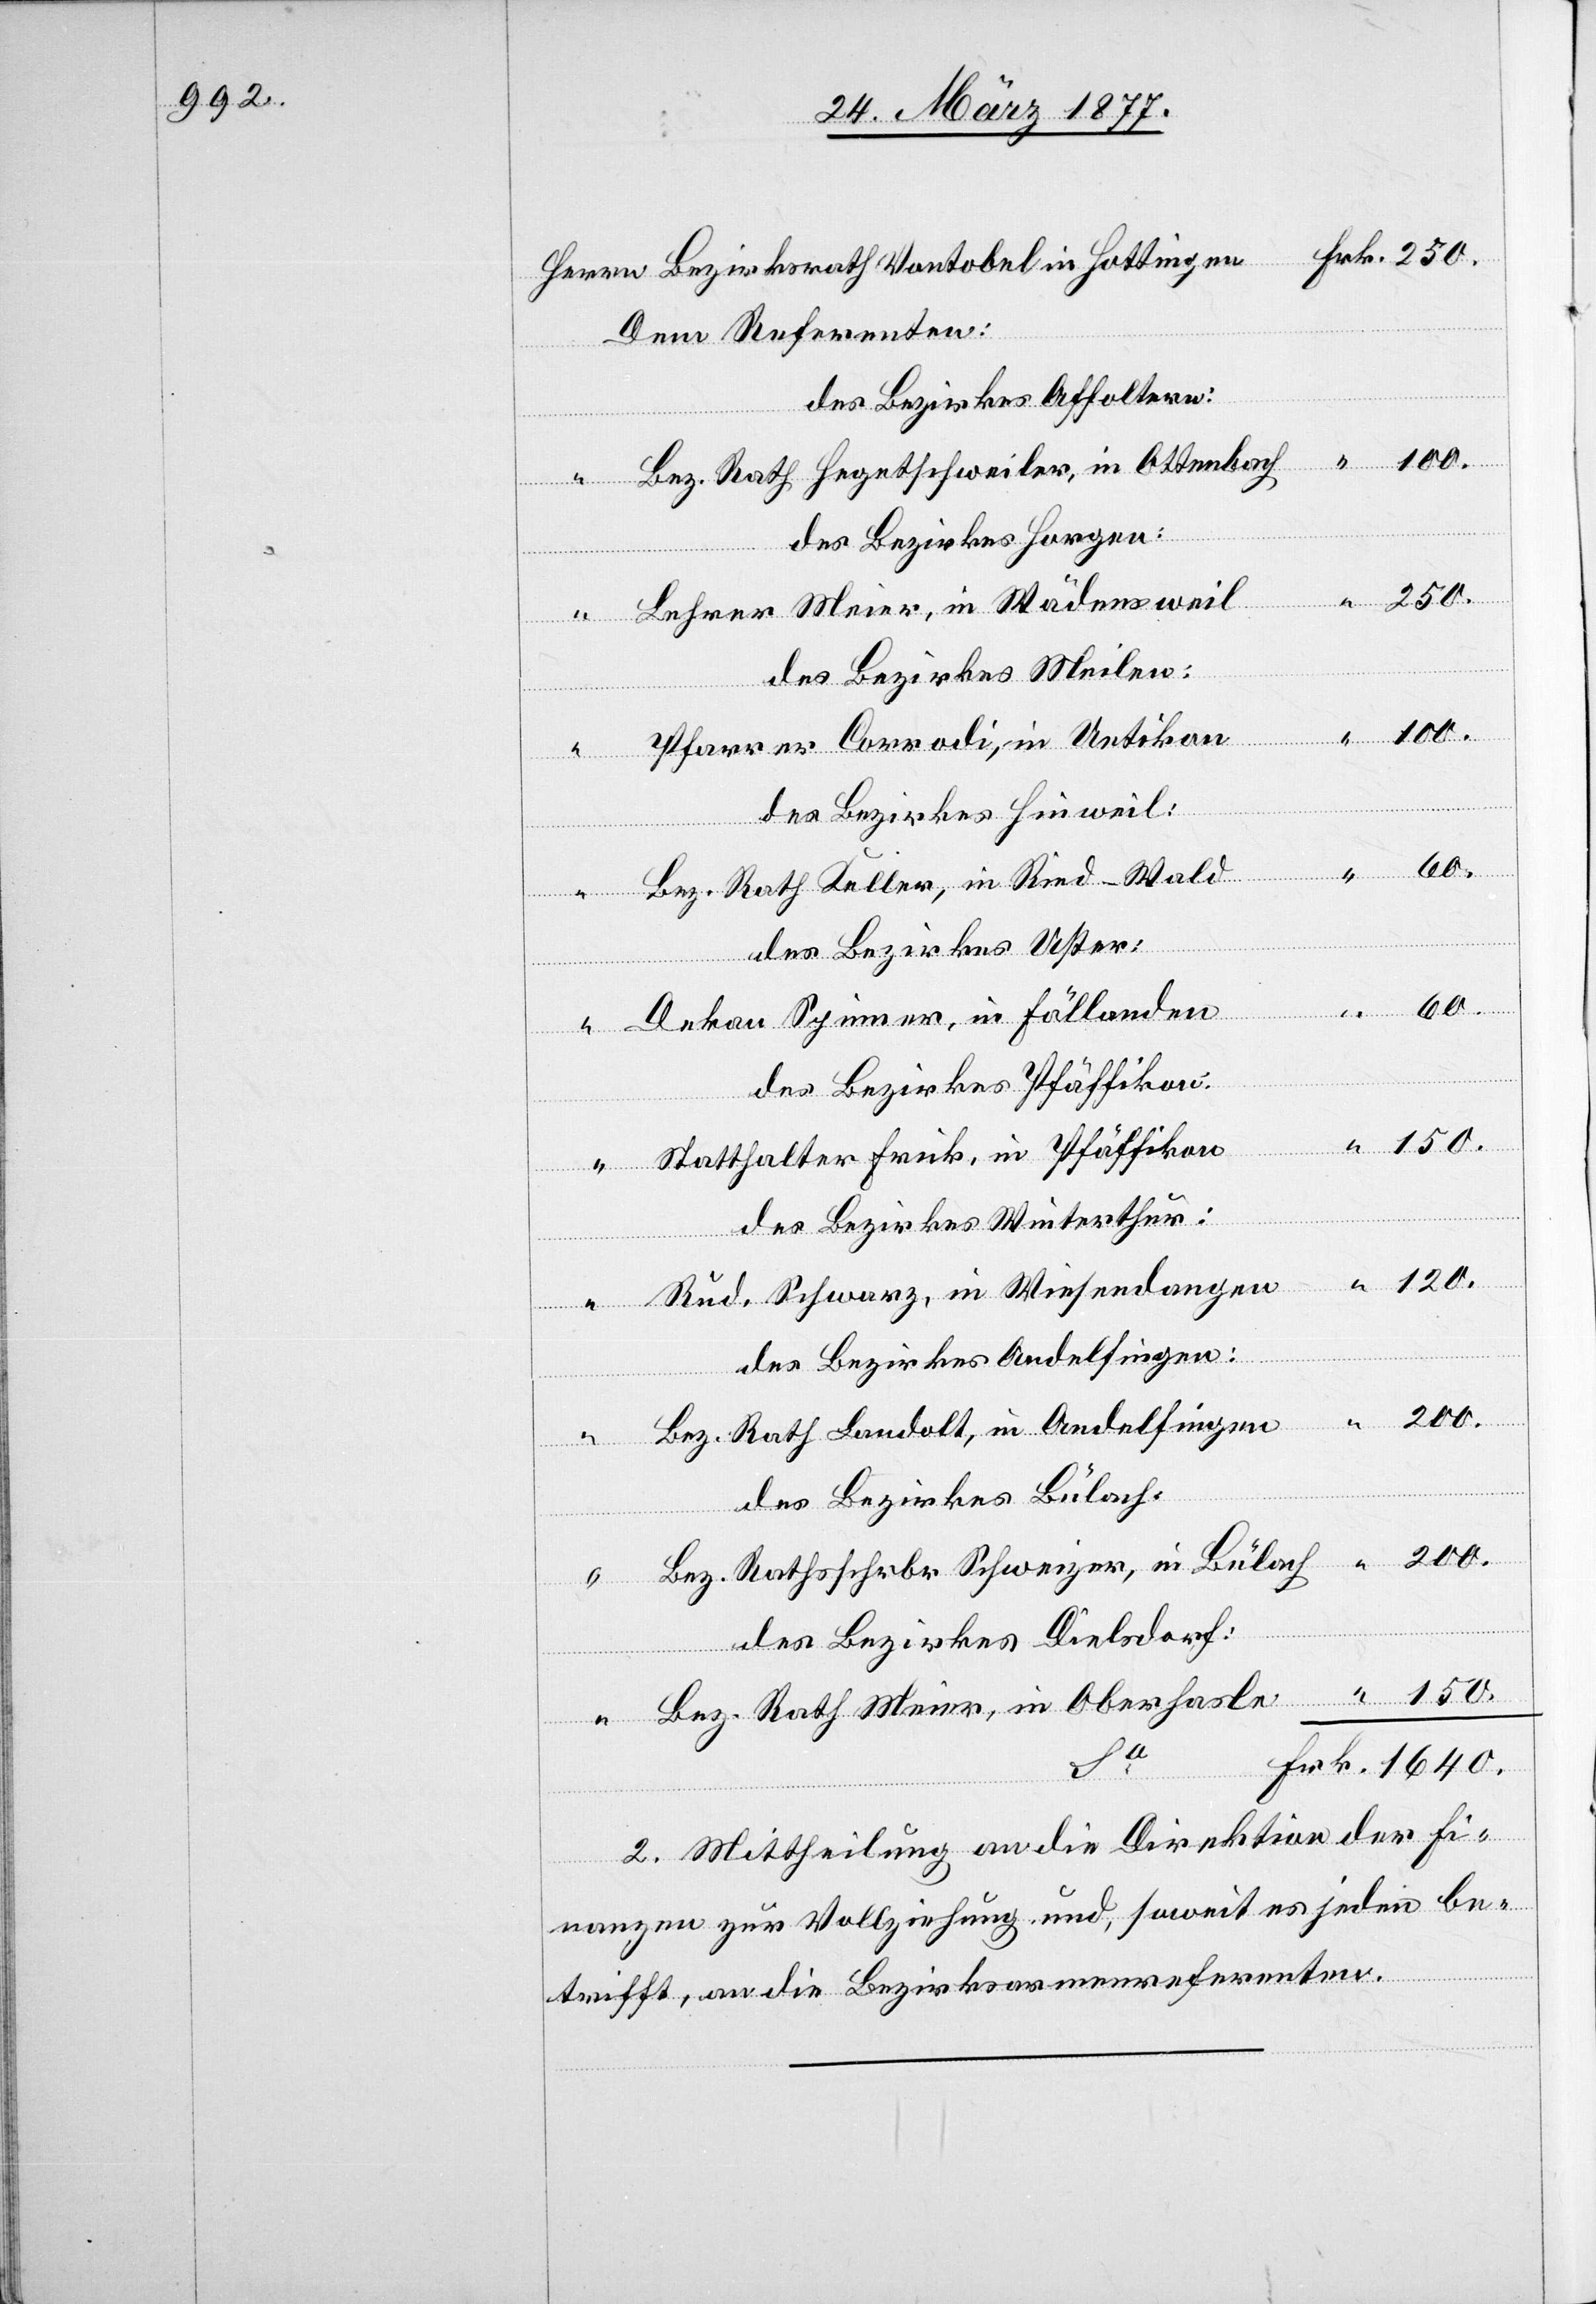
“

Dem Referenten:
des Bezirkes Affoltern
“
Bez. Rath Hegetschweiler, in Ottenbach
des Bezirkes Horgen:
Lehrer Meier, in Wädensweil
in
des Bezirkes Meilen:
Schwarz,
Wiesendangen
Pfarrer Corrodi, in Uetikon
Herrn
des Bezirkes Hinweil:
Sa
Bez. Rath Keller, in Ried-Wald
des Bezirkes Uster:
1640.
Dekan Spinner, in Fällanden
des Bezirkes Pfäffikon:
Statthalter Frick, in Pfäffikon
“
des Bezirkes Winterthur:
des Bezirkes Andelfingen:
Frk.
Bez. Rath Landolt, in Andelfingen
des Bezirkes Bülach:
Rud.
Bez. Rathsschrbr Schweizer, in Bülach
des Bezirkes Dielsdorf:
Bez. Rath Meier, in Oberhasle [sic!]
150.
2. Mittheilung an die Direktion der Fi¬
nanzen zur Vollziehung und, soweit es jeden be¬
trifft, an die Bezirksarmenreferenten.